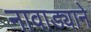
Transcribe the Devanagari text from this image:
नावाड्याने